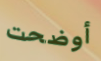
أوضحت